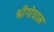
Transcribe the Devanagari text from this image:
श्रीगोधाम